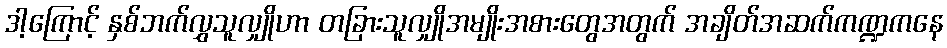
ဒါ့ကြောင့် နှစ်ဘက်လွှသူလျှိုဟာ တခြားသူလျှိုအမျိုးအစားတွေအတွက် အချိတ်အဆက်ကဏ္ဍကနေ